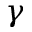
\boldsymbol { \gamma }